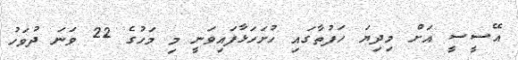
އޭސީސީ އަށް މިދިޔަ ހަފުތާގައި ހުށަހަޅާފައިވަނީ މި މަހުގެ 22 ވަނަ ދުވަހު